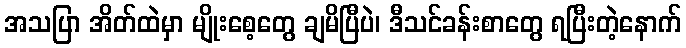
အသပြာ အိတ်ထဲမှာ မျိုးစေ့တွေ ချမိပြီပဲ၊ ဒီသင်ခန်းစာတွေ ရပြီးတဲ့နောက်